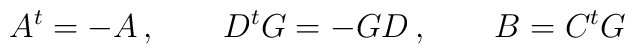
A^t = -A \,, \qquad D^t G = -GD \,, \qquad B = C^t G